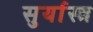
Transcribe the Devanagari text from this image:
सुर्यास्त्र